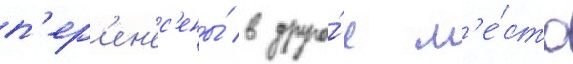
п'ер'ен'ес'ены́ в друго́е м'е́сто